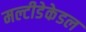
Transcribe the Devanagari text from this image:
मल्टीडेकेडल